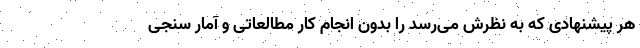
هر پیشنهادی که به نظرش می‌رسد را بدون انجام کار مطالعاتی و آمار سنجی